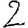
Digit: 2